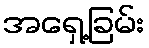
အရှေ့ခြမ်း